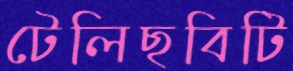
টেলিছবিটি